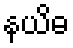
နယိဓ